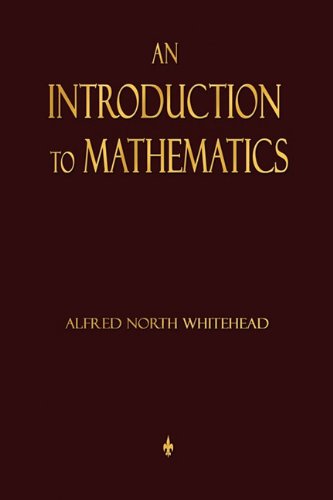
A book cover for An Introduction To Mathematics; Alfred North Whitehead; Science & Math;